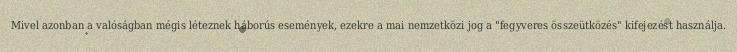
Mivel azonban a valóságban mégis léteznek háborús események, ezekre a mai nemzetközi jog a "fegyveres összeütközés" kifejezést használja.